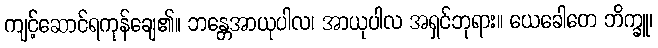
ကျင့်ဆောင်ရကုန်ချေ၏။ ဘန္တေအာယုပါလ၊ အာယုပါလ အရှင်ဘုရား။ ယေခေါတေ ဘိက္ခူ၊